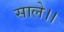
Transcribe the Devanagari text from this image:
साले।।